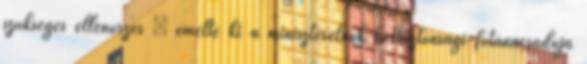
szükséges ellenőrzés – emelte ki a miniszterelnök belbiztonsági főtanácsadója